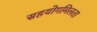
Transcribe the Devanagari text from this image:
सहयोगमिलता